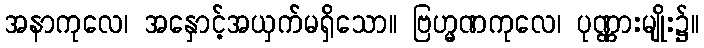
အနာကုလေ၊ အနှောင့်အယှက်မရှိသော။ ဗြဟ္မဏကုလေ၊ ပုဏ္ဏားမျိုး၌။